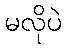
မလိုပဲ